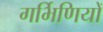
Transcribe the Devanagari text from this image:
गर्भिणियों